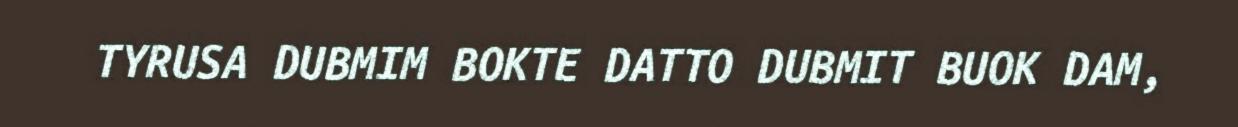
TYRUSA DUBMIM BOKTE DATTO DUBMIT BUOK DAM,